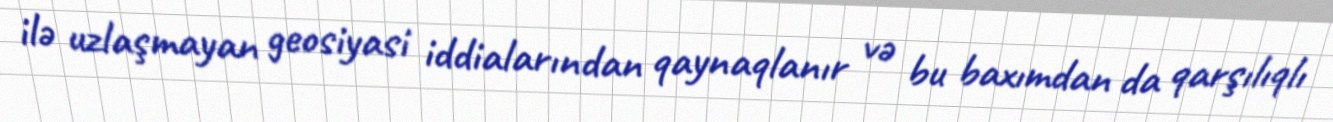
ilə uzlaşmayan geosiyasi iddialarından qaynaqlanır və bu baxımdan da qarşılıqlı